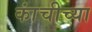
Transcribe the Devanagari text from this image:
कांचीच्या